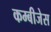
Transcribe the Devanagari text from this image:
कम्बीजेस